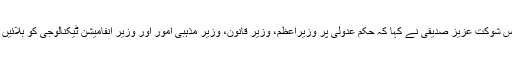
جسٹس شوکت عزیز صدیقی نے کہا کہ حکم عدولی پر وزیراعظم، وزیر قانون، وزیر مذہبی امور اور وزیر انفامیشن ٹیکنالوجی کو بلائیں گے۔